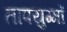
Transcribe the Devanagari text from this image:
तापयुग्मों